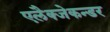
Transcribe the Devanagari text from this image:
एलैक्जेकन्डर